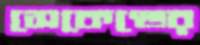
সেকেণ্ডের